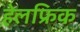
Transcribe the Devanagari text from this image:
हेलफ्रिक